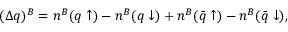
( \Delta q ) ^ { B } = n ^ { B } ( q \uparrow ) - n ^ { B } ( q \downarrow ) + n ^ { B } ( \bar { q } \uparrow ) - n ^ { B } ( \bar { q } \downarrow ) ,